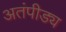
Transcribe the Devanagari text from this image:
अतंपीड्य